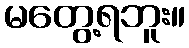
မတွေ့ရဘူး။